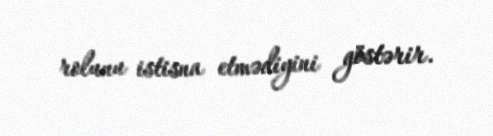
rolunu istisna etmədiyini göstərir.